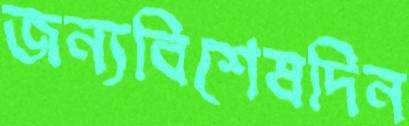
জন্যবিশেষদিন